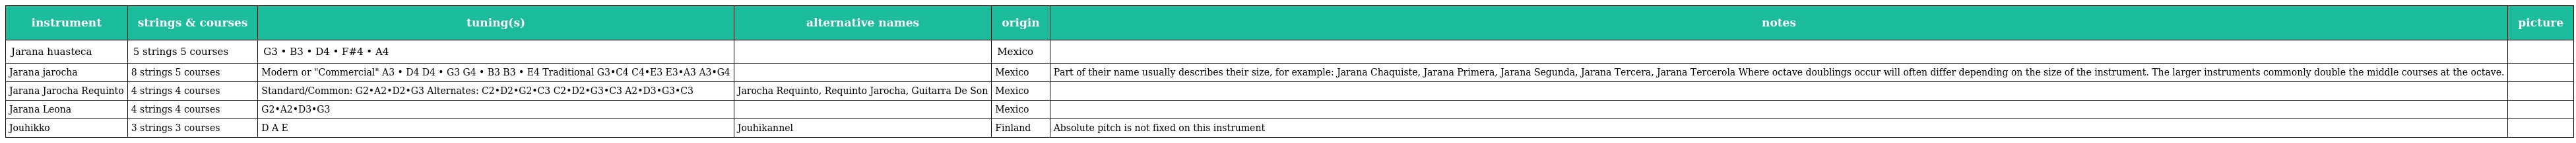
| instrument | strings & courses | tuning(s) | alternative names | origin | notes | picture |
 | --- | --- | --- | --- | --- | --- | --- |
 | Jarana huasteca | 5 strings 5 courses | G3 • B3 • D4 • F#4 • A4 |  | Mexico |  |  |
 | Jarana jarocha | 8 strings 5 courses | Modern or "Commercial" A3 • D4 D4 • G3 G4 • B3 B3 • E4 Traditional G3•C4 C4•E3 E3•A3 A3•G4 |  | Mexico | Part of their name usually describes their size, for example: Jarana Chaquiste, Jarana Primera, Jarana Segunda, Jarana Tercera, Jarana Tercerola Where octave doublings occur will often differ depending on the size of the instrument. The larger instruments commonly double the middle courses at the octave. |  |
 | Jarana Jarocha Requinto | 4 strings 4 courses | Standard/Common: G2•A2•D2•G3 Alternates: C2•D2•G2•C3 C2•D2•G3•C3 A2•D3•G3•C3 | Jarocha Requinto, Requinto Jarocha, Guitarra De Son | Mexico |  |  |
 | Jarana Leona | 4 strings 4 courses | G2•A2•D3•G3 |  | Mexico |  |  |
 | Jouhikko | 3 strings 3 courses | D A E | Jouhikannel | Finland | Absolute pitch is not fixed on this instrument |  |